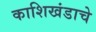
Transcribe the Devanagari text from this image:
काशिखंडाचे